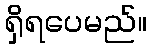
ရှိရပေမည်။